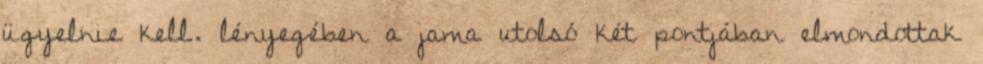
ügyelnie kell. lényegében a jama utolsó két pontjában elmondottak